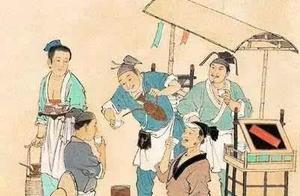
祸福无门，唯人所召。